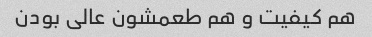
هم کیفیت و هم طعمشون عالی بودن